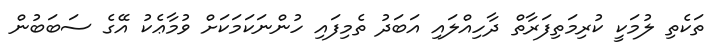
ތަކެތި ލުމަކީ ކުރިމަތިފަރާތް ދާހިއްލައި އަބަދު ތެމިފައި ހުންނަކަމަކަށް ވުމާޢެކު އޭގެ ސަބަބުން